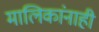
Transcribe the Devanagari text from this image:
मालिकांनाही